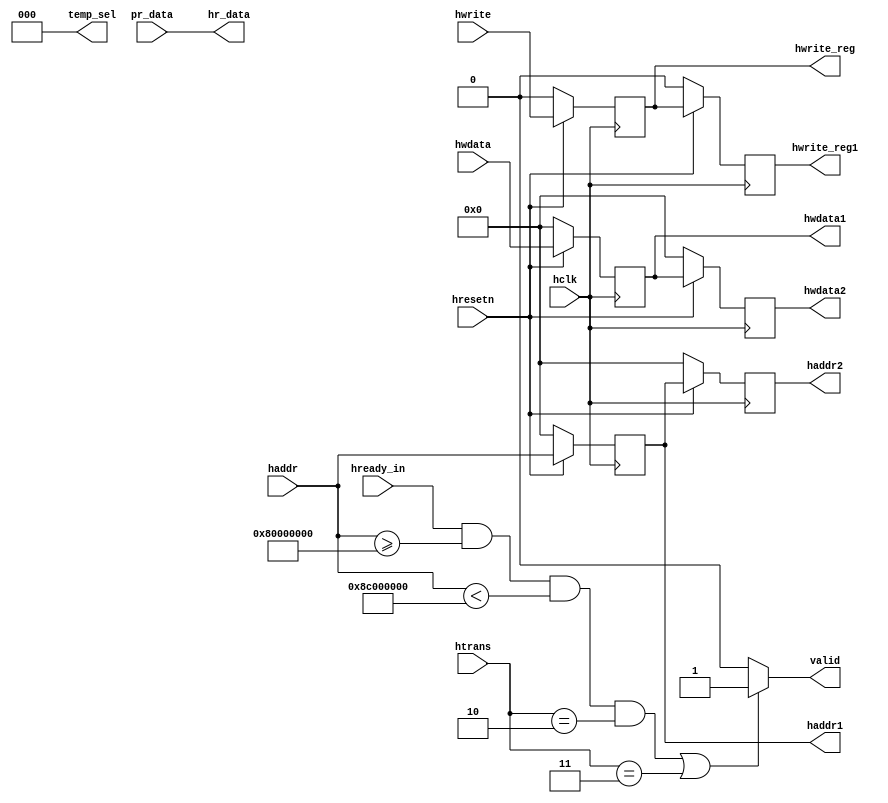
module ahb_slave_interface(
input hclk,hresetn,hwrite,hready_in,
input [1:0]htrans,
input [31:0]hwdata,haddr,pr_data,
output reg hwrite_reg,hwrite_reg1,valid,
output reg [31:0]hwdata1,hwdata2,haddr1,haddr2,
output [31:0] hr_data,
output reg [2:0]temp_sel);
always@(posedge hclk)
begin
if(!hresetn)
begin haddr1<=0;
haddr2<=0;
end
else
begin
haddr1<=haddr;
haddr2<=haddr1;
end
end
always@(posedge hclk)
begin
if(!hresetn)
begin hwdata1<=0;
hwdata2<=0;
end
else
begin
hwdata1<=hwdata; hwdata2<=hwdata1; end
end
always@(posedge hclk)
begin
if(!hresetn)
begin
hwrite_reg<=0;
hwrite_reg1<=0;
end
else
begin
hwrite_reg<=hwrite;
hwrite_reg1<=hwrite_reg;
end
end
always@(*)
begin
if(hready_in==1 && haddr >=32'h8000_0000 && haddr <32'h8c00_0000 && htrans ==2'b10 || htrans ==2'b11)
valid=1;
else
valid=0;
end
always@(*)
begin
if(haddr >=32'h8000_0000 && haddr <32'h8400_0000) temp_sel=3'b001;
else if (haddr >=32'h8400_0000 && haddr <32'h8800_0000) temp_sel=3'b010;
else if (haddr >=32'h8800_0000 && haddr <32'h8c00_0000) temp_sel=3'b100;
temp_sel=0;
end
assign hr_data=pr_data;
endmodule